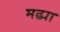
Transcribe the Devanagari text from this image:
मढ्या